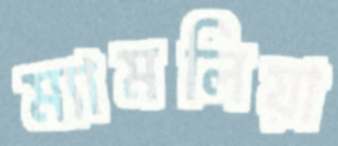
ম্যামলিয়া